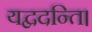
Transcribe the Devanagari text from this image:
यद्वदन्ति।